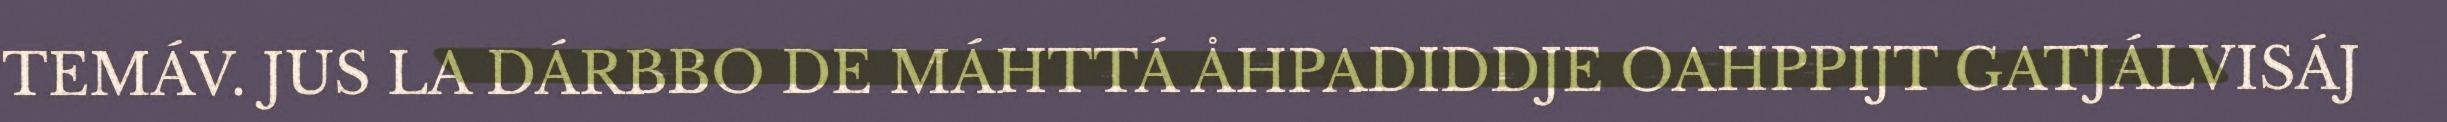
TEMÁV. JUS LA DÁRBBO DE MÁHTTÁ ÅHPADIDDJE OAHPPIJT GATJÁLVISÁJ